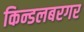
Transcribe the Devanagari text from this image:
किन्डलबरगर